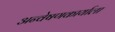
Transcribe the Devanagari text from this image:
अन्वेषणकार्याला